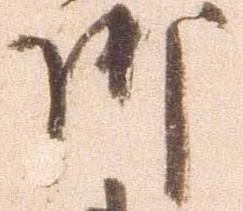
御